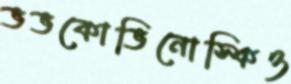
ভভকোভিনোস্কিও